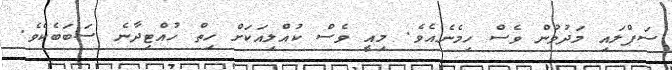
ސަޕްލައި މަދުވުން ވެސް ހިމެނެއެވެ. މިއީ ވެސް ކުއްލިއަކަށް ހިތް ހުއްޓިދާނެ ސަބަބެކެވެ.